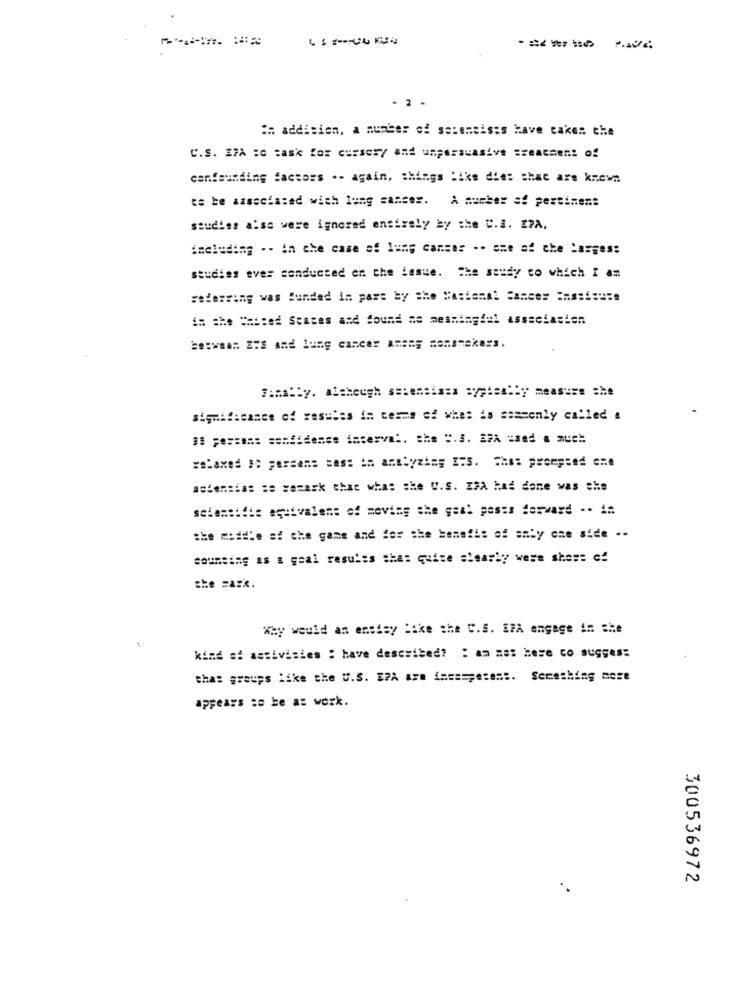
- 2 .
: addition, a number of seteneisss have cakes che
C.S. EPA = = ask for curses/ and unpersuasive =reacsem: of
confounding factors .- again, things like dies shac are knew.
te be associated with lung cancer. A number af persimem:
studies a:se were ignored entirely by the C.S. 27A.
including -- in che case si lung canses -- sse of the Larges:
studies ever conducted en the issue. The study to which I am
referring was funded in part by the Wastemal Sanser :assimuse
in the Baited Seates and Sound as meaningful association
Finally. although satemaises aypisa.by measure she
significance of resules in cexms of whes is sammenly called a
11 ;e == ma: confidence interval. she ".S. 27A :aed a much
== 'axed 1: persens sas: in antlyzing ITS. Chs: prompted che
astensias se sezask that whas the U.S. EXA had done was the
scientific equivalent of moving the goal posts forward -. 1:
the middle of the game and for the benefit of anty one side --
soumeing as a goal results shas quite slearly were shes: cf
the =azk.
Why would an ensisy like the C.S. EFA engage in the
kind si assivisies : have described? : am nas here co sugges:
thas groups like the U.S. EPA are i ==== petent. Something more
appears :s be az werk.
300536972